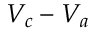
{ V _ { c } - V _ { a } }